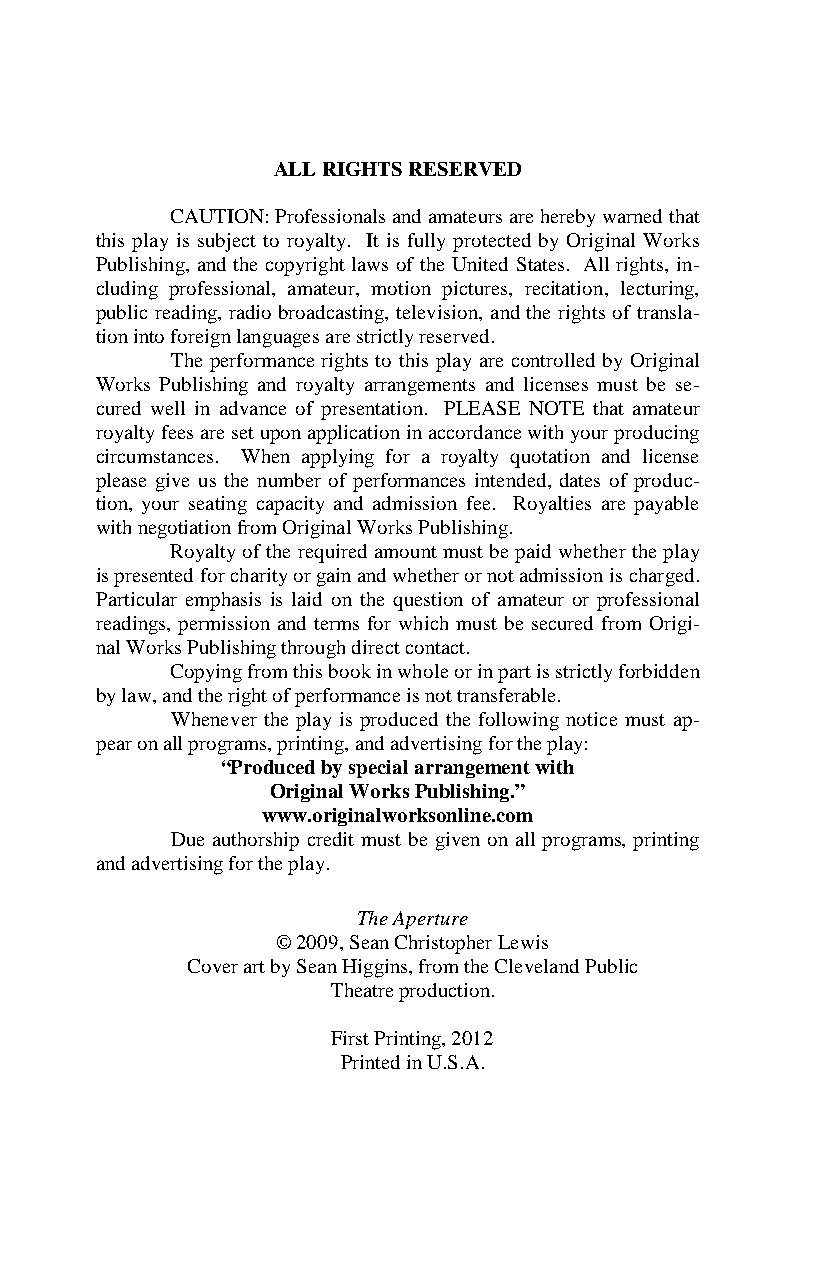
ALL RIGHTS RESERVED
 CAUTION: Professionals and amateurs are hereby warned that
 this play is subject to royalty. It is fully protected by Original Works
 Publishing, and the copyright laws of the United States. All rights, in-
 cluding professional, amateur, motion pictures, recitation, lecturing,
 public reading, radio broadcasting, television, and the rights of transla-
 tion into foreign languages are strictly reserved.
 The performance rights to this play are controlled by Original
 Works Publishing and royalty arrangements and licenses must be se-
 cured well in advance of presentation. PLEASE NOTE that amateur
 royalty fees are set upon application in accordance with your producing
 circumstances. When applying for a royalty quotation and license
 please give us the number of performances intended, dates of produc-
 tion, your seating capacity and admission fee. Royalties are payable
 with negotiation from Original Works Publishing.
 Royalty of the required amount must be paid whether the play
 is presented for charity or gain and whether or not admission is charged.
 Particular emphasis is laid on the question of amateur or professional
 readings, permission and terms for which must be secured from Origi-
 nal Works Publishing through direct contact.
 Copying from this book in whole or in part is strictly forbidden
 by law, and the right of performance is not transferable.
 Whenever the play is produced the following notice must ap-
 pear on all programs, printing, and advertising for the play:
 “Produced by special arrangement with
 Original Works Publishing.”
 www.originalworksonline.com
 Due authorship credit must be given on all programs, printing
 and advertising for the play.
 The Aperture
 © 2009, Sean Christopher Lewis
 Cover art by Sean Higgins, from the Cleveland Public
 Theatre production.
 First Printing, 2012
 Printed in U.S.A.